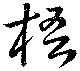
梧